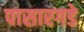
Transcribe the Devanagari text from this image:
पासारगडे